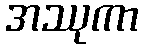
အဿုကာ